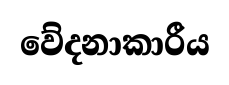
වේදනාකාරීය